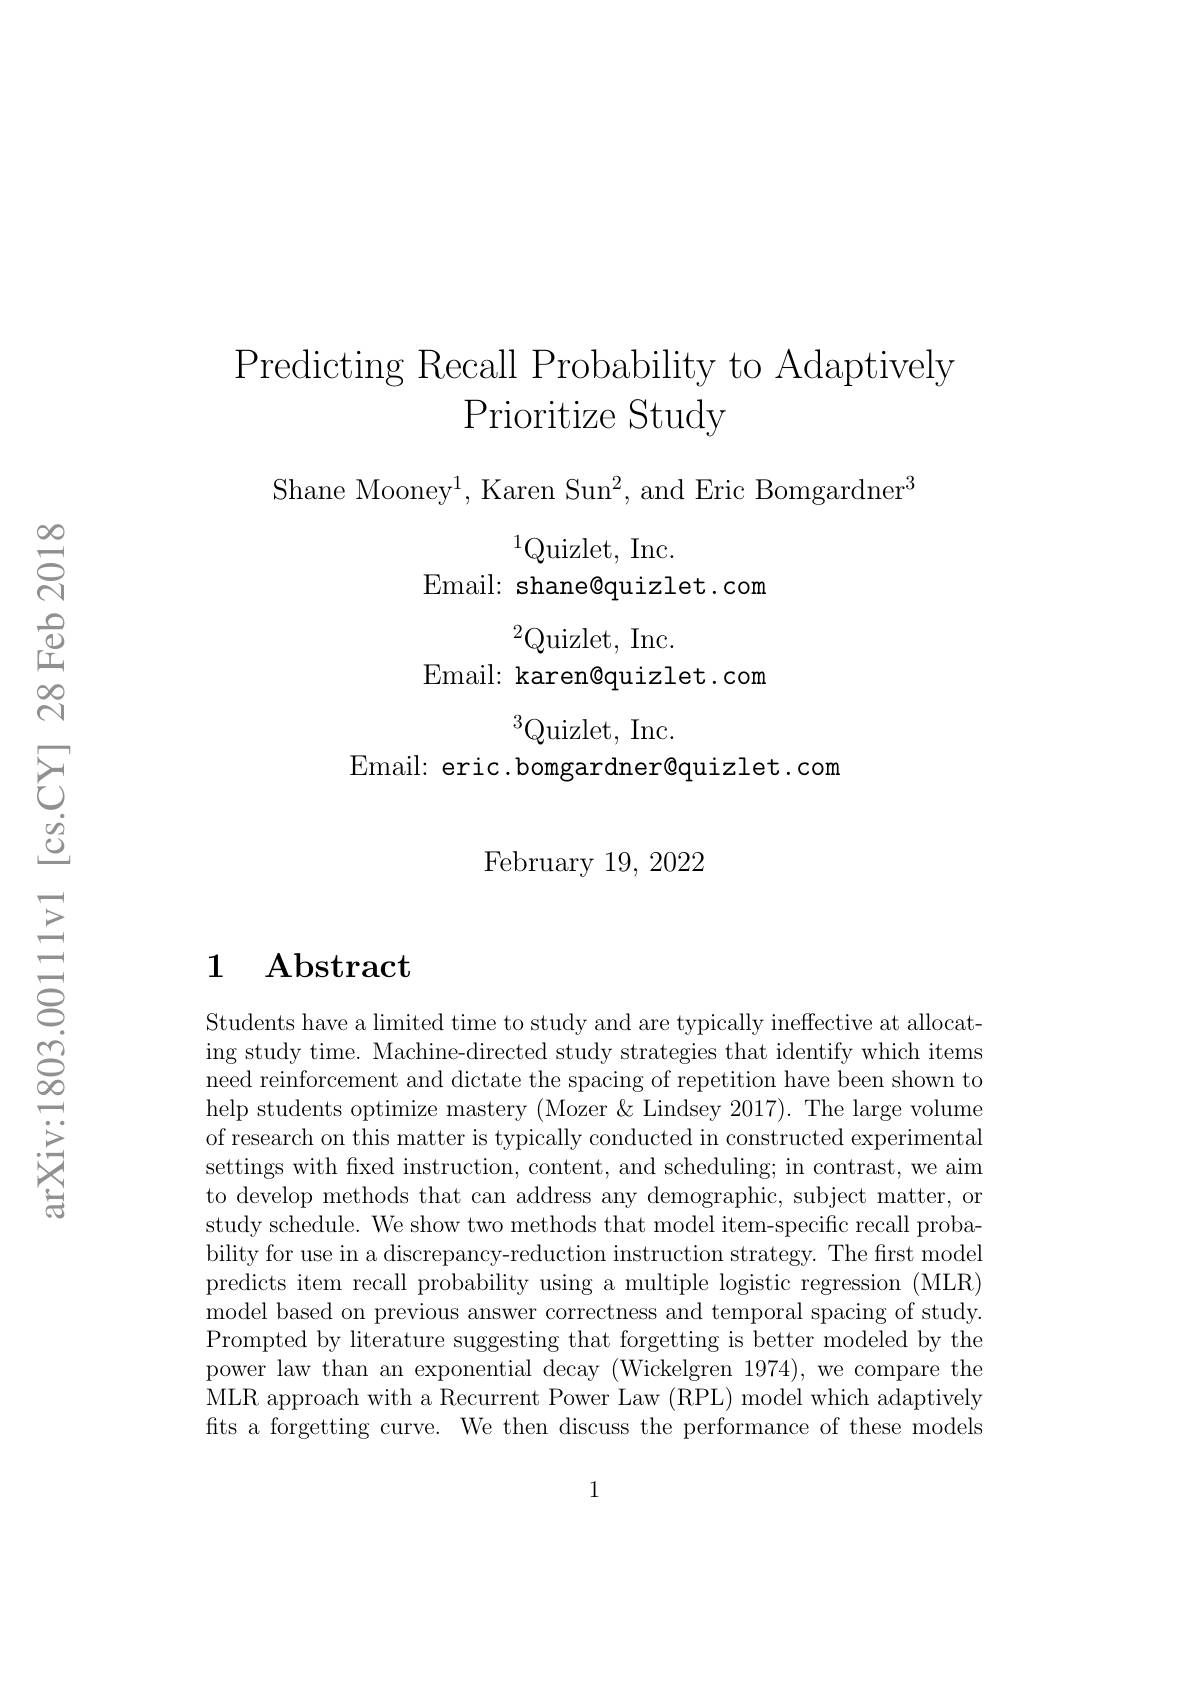
Predicting Recall Probability to Adaptively
Prioritize Study

Shane Mooney$^1$, Karen Sun$^2$, and Eric Bomgardner$^3$
$^{1}$Quizlet, Inc.
Email: shane@quizlet.com
$^{2}$Quizlet, Inc.
Email: karen@quizlet.com
$^{3}$Quizlet, Inc.
Email: eric.bomgardner@quizlet.com

February 19, 2022

### $\begin{array}{cc}1&\mathbf{Abstract}\end{array}$

Students have a limited time to study and are typically ineffective at allocating study time. Machine-directed study strategies that identify which items need reinforcement and dictate the spacing of repetition have been shown to help students optimize mastery (Mozer &Lindsey 2017). The large volume of research on this matter is typically conducted in constructed experimental settings with fixed instruction, content, and scheduling; in contrast, we aim to develop methods that can address any demographic, subject matter, or study schedule. We show two methods that model item-specific recall probability for use in a discrepancy-reduction instruction strategy. The first model predicts item recall probability using a multiple logistic regression (MLR) model based on previous answer correctness and temporal spacing of study. Prompted by literature suggesting that forgetting is better modeled by the power law than an exponential decay (Wickelgren 1974),we compare the MLR approach with a Recurrent Power Law (RPL) model which adaptively fits a forgetting curve. We then discuss the performance of these models

1